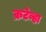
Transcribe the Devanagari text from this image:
क्रटेव्हा